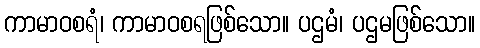
ကာမာဝစရံ၊ ကာမာဝစရဖြစ်သော။ ပဌမံ၊ ပဌမဖြစ်သော။